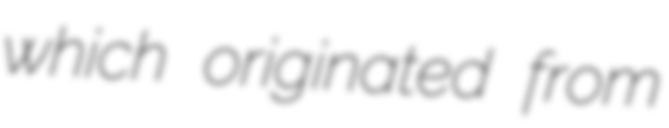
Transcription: which originated from